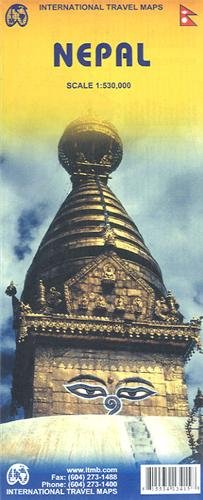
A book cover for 1. Nepal Travel Reference Map 1:530,000 (International Travel Maps); International Travel maps; Travel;